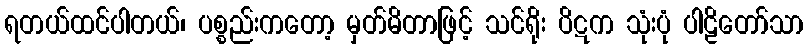
ရတယ်ထင်ပါတယ်၊ ပစ္စည်းကတော့ မှတ်မိတာဖြင့် သင်ရိုး ပိဋက သုံးပုံ ပါဠိတော်သာ